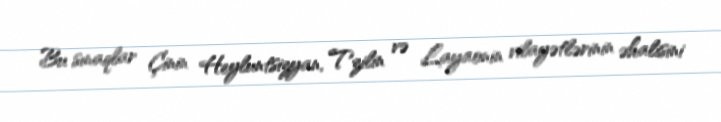
Bu sınaqlar Çinin Heyluntsizyan, Tzilin və Layaonin vilayətlərinin əhalisini